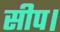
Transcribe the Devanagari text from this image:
सीप।